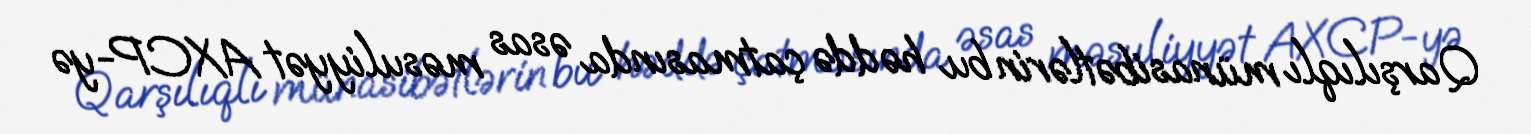
Qarşılıqlı münasibətlərin bu həddə çatmasında əsas məsuliyyət AXCP-yə